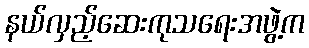
နယ်လှည့်ဆေးကုသရေးအဖွဲ့က